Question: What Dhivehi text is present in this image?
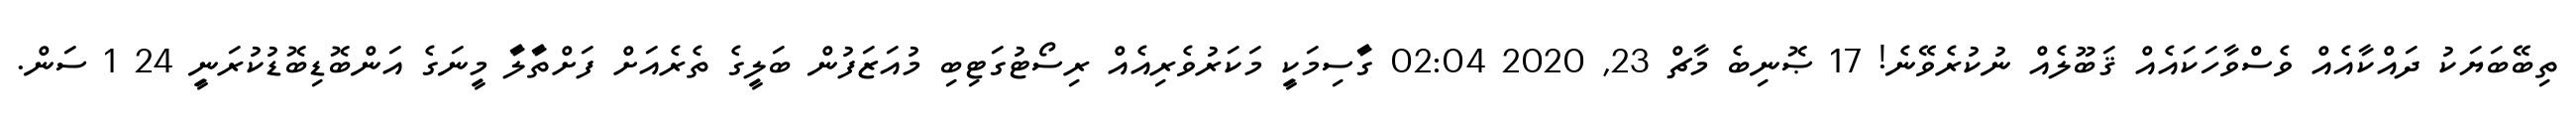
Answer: ތިބޭބަޔަކު ދައްކާއެއް ވެސްވާހަކައެއް ޤަބޫލެއް ނުކުރެވޭނެ! 17 ޞޮނިބެ މާޗް 23, 2020 02:04 ގަާސިމަކިީ މަކަރުވެރިއެއް ރިސޯޓުގަޓިބި މުއަޒަފުން ބަލިީގެ ތެރެއަށް ފަށްތަާލަާ މިީނަގެ އަންބޮޑިބޮޑުކުރަނިީ 24 1 ސަން.